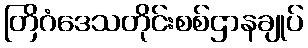
တြိဂံဒေသတိုင်းစစ်ဌာနချုပ်